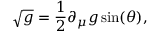
\sqrt { g } = \frac { 1 } { 2 } \partial _ { \mu } g \sin ( \theta ) ,